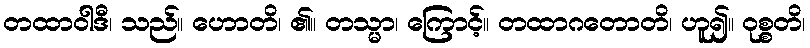
တထာဝါဒီ၊ သည်။ ဟောတိ၊ ၏။ တသ္မာ၊ ကြောင့်။ တထာဂတောတိ၊ ဟူ၍။ ဝုစ္စတိ၊